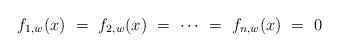
LaTeX: \begin{align*} f_{1,w}(x)\ =\ f_{2,w}(x)\ =\ \dotsb\ =\ f_{n,w}(x)\ =\ 0 \end{align*}